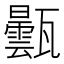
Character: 𤮦